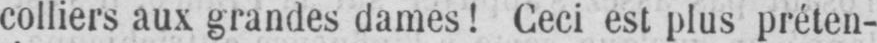
colliers aux grandes dames! Ceci est plus préten-